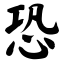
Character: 恐